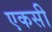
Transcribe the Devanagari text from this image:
एकसी